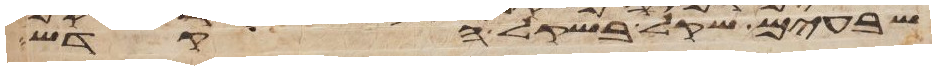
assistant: שבעים שקל בשקל הקדש